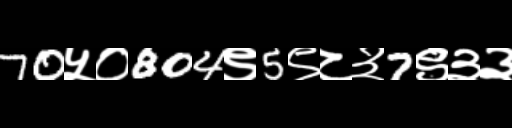
Text: 70५०804९5९८३7९३३